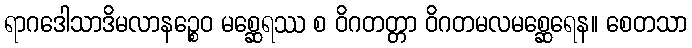
ရာဂဒေါသာဒိမလာနဉ္စေဝ မစ္ဆေရဿ စ ဝိဂတတ္တာ ဝိဂတမလမစ္ဆေရေန။ စေတသာ